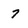
Character: 7